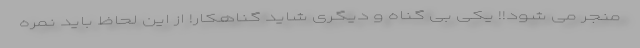
منجر می شود!! یکی بی گناه و دیگری شاید گناهکار! از این لحاظ باید نمره